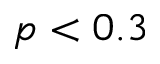
p < 0 . 3